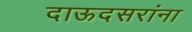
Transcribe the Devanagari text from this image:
दाऊदसरांना